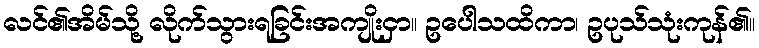
လင်၏အိမ်သို့ လိုက်သွားရခြင်းအကျိုးငှာ။ ဥပေါသထိကာ၊ ဥပုသ်သုံးကုန်၏။